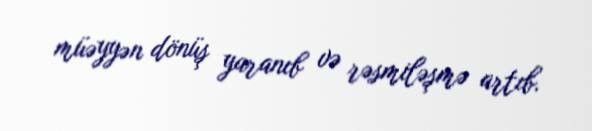
müəyyən dönüş yaranıb və rəsmiləşmə artıb.